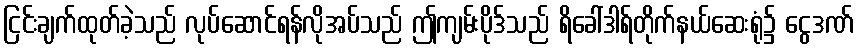
ငြင်းချက်ထုတ်ခဲ့သည် လုပ်ဆောင်ရန်လိုအပ်သည် ဤကျမ်းပိုဒ်သည် ရိခေါ်ဒါရ်တိုက်နယ်ဆေးရုံ၌ ငွေဒဏ်